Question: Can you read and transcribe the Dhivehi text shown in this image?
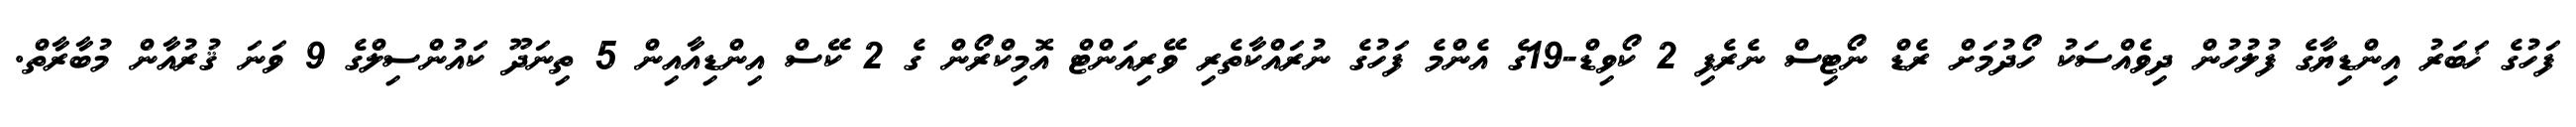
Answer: ފަހުގެ ޚަބަރު އިންޑިޔާގެ ފުލުހުން ދިވެއްސަކު ހޯދުމަށް ރެޑް ނޯޓިސް ނެރެފި 2 ކޯވިޑް-19ގެ އެންމެ ފަހުގެ ނުރައްކާތެރި ވޭރިއަންޓް އޮމިކްރޯން ގެ 2 ކޭސް އިންޑިއާއިން 5 ތިނަދޫ ކައުންސިލްގެ 9 ވަނަ ޤުރުއާން މުބާރާތް.